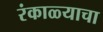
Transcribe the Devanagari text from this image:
रंकाळ्याचा